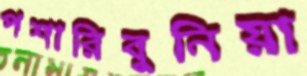
পশারিবুনিয়া